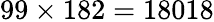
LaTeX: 99\times 182=18018